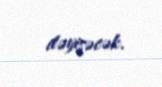
dəyişəcək.